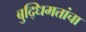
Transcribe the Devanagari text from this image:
बुद्धिमत्तांचा